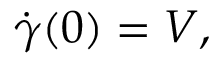
{ \dot { \gamma } } ( 0 ) = V ,